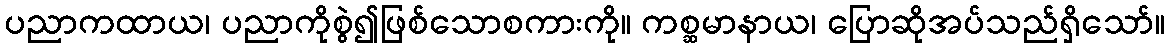
ပညာကထာယ၊ ပညာကိုစွဲ၍ဖြစ်သောစကားကို။ ကစ္ဆမာနာယ၊ ပြောဆိုအပ်သည်ရှိသော်။